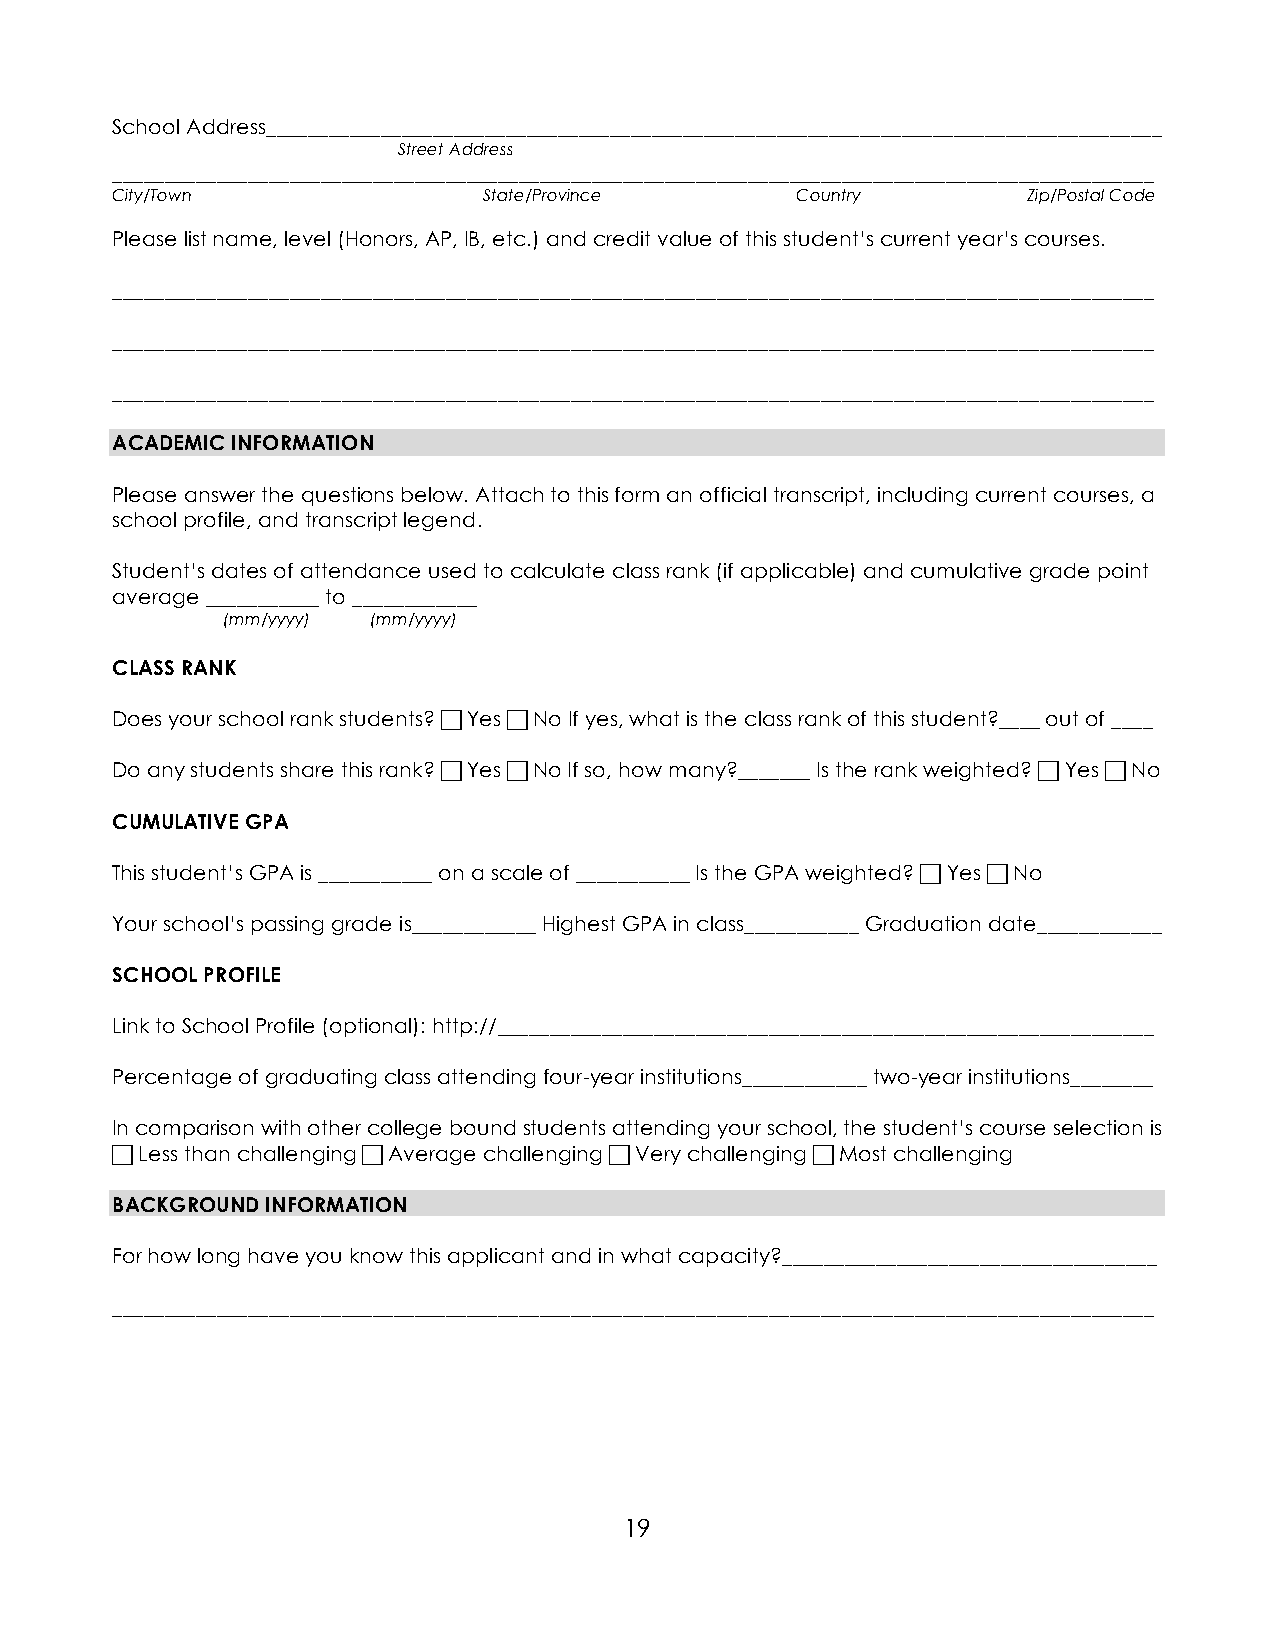
School Address______________________________________________________________________________________
 Street Address
 ____________________________________________________________________________________________________
 City/Town                State/Province       Country        Zip/Postal Code
 Please list name, level (Honors, AP, IB, etc.) and credit value of this student’s current year’s courses.
 ____________________________________________________________________________________________________
 ____________________________________________________________________________________________________
 ____________________________________________________________________________________________________
 ACADEMIC INFORMATION
 Please answer the questions below. Attach to this form an official transcript, including current courses, a
 school profile, and transcript legend.
 Student’s dates of attendance used to calculate class rank (if applicable) and cumulative grade point
 average ___________ to ____________
 (mm/yyyy) (mm/yyyy)
 CLASS RANK
 Does your school rank students?  Yes  No If yes, what is the class rank of this student?____ out of ____
 Do any students share this rank?  Yes  No If so, how many?_______ Is the rank weighted?  Yes  No
 CUMULATIVE GPA
 This student’s GPA is ___________ on a scale of ___________ Is the GPA weighted?  Yes  No
 Your school’s passing grade is____________ Highest GPA in class___________ Graduation date____________
 SCHOOL PROFILE
 Link to School Profile (optional): http://_______________________________________________________________
 Percentage of graduating class attending four-year institutions____________ two-year institutions________
 In comparison with other college bound students attending your school, the student’s course selection is
  Less than challenging  Average challenging  Very challenging  Most challenging
 BACKGROUND INFORMATION
 For how long have you know this applicant and in what capacity?____________________________________
 ____________________________________________________________________________________________________
 19